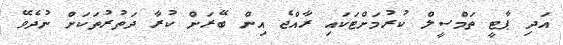
އަދި ޕާޓީ ތަމްސީލް ކުރުމަށްޓަކައި ރާއްޖެ އިން ބޭރަށް ކުރާ ދަތުރުތަކަށް ނުދެވޭ